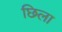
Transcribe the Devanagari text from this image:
छिला